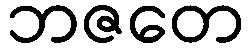
ဘဇတေ